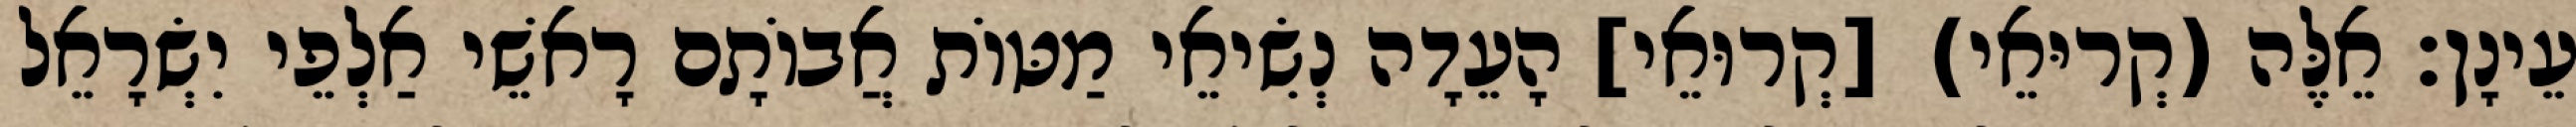
עֵינָן׃ אֵלֶּה (קְריּאֵי) [קְרוּאֵי] הָעֵדָה נְשִׂיאֵי מַטּוֹת אֲבוֹתָם רָאשֵׁי אַלְפֵי יִשְׂרָאֵל